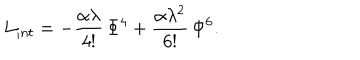
LaTeX: L _ { i n t } = - \frac { \alpha \lambda } { 4 ! } \, \Phi ^ { 4 } + \frac { \alpha \lambda ^ { 2 } } { 6 ! } \, \Phi ^ { 6 } .